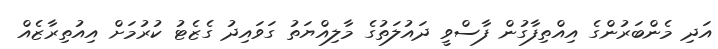
އަދި މެންބަރުންގެ އިއްތިފާގުން ފާސްވީ ދައުލަތުގެ މާލިއްޔަތު ގަވައިދު ގެޒެޓު ކުރުމަށް އިއުތިރާޒެއް